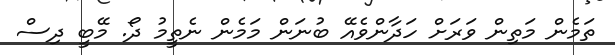
ތަމެން މަތިން ވަރަށް ހަދާންވެއޭ ބުނަން މަމެން ނެތީމު ދޯ. މޭބީ ދިސް